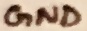
Text: GND